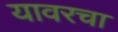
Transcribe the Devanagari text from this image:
यावरचा